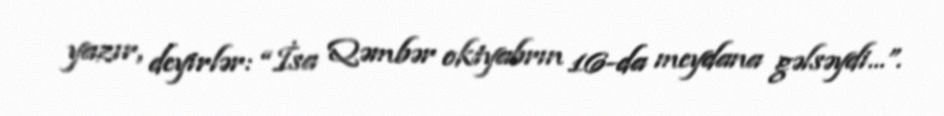
yazır, deyirlər: “İsa Qəmbər oktyabrın 16-da meydana gəlsəydi...”.